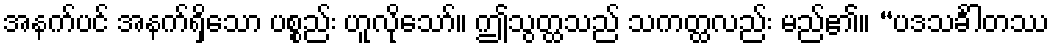
အနက်ပင် အနက်ရှိသော ပစ္စည်း ဟူလိုသော်။ ဤသွတ္ထသည် သကတ္ထလည်း မည်၏။ “ပဒသင်္ခါတဿ